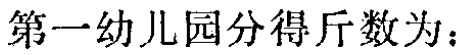
第一幼儿园分得斤数为：